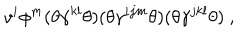
v ^ { i } \phi ^ { m } ( \theta \gamma ^ { k l } \theta ) ( \theta \gamma ^ { i j m } \theta ) ( \theta \gamma ^ { j k l } \theta ) ~ ,